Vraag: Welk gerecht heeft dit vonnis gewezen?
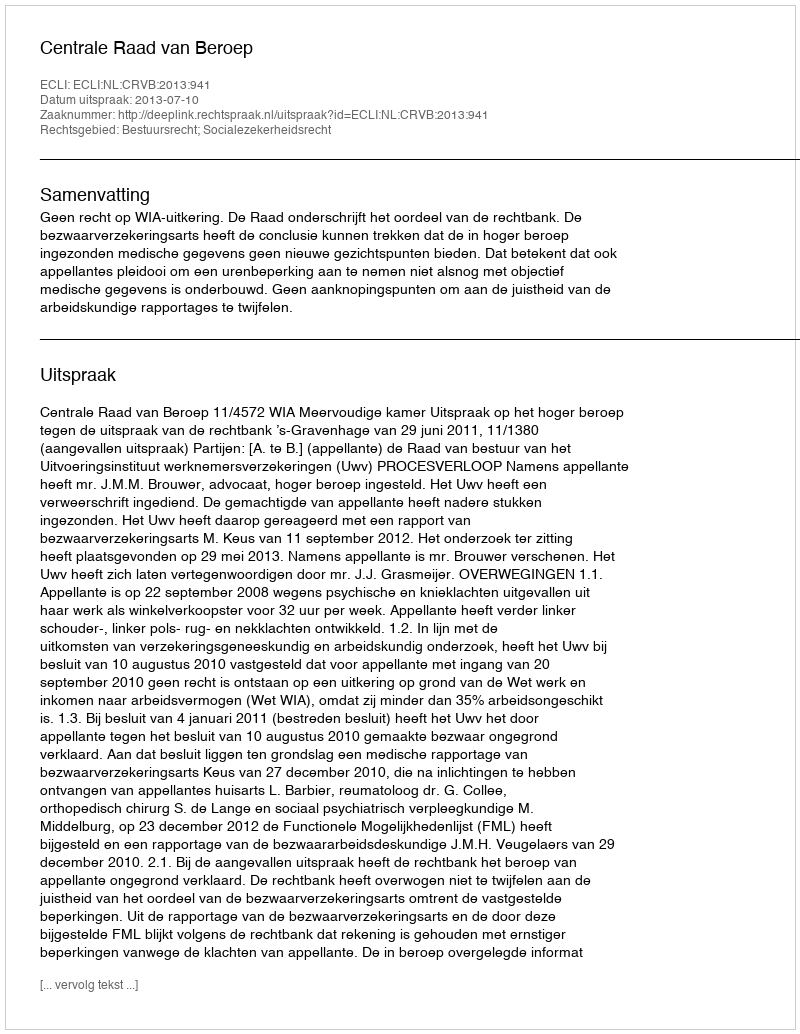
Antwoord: Centrale Raad van Beroep